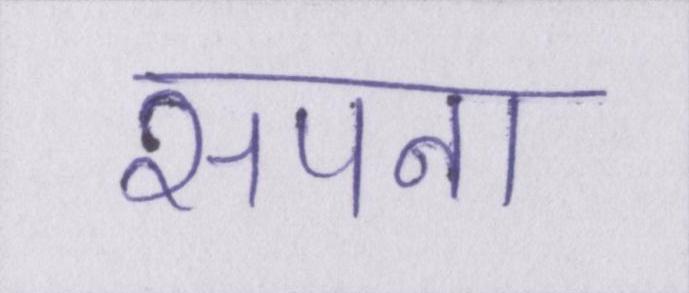
सपना